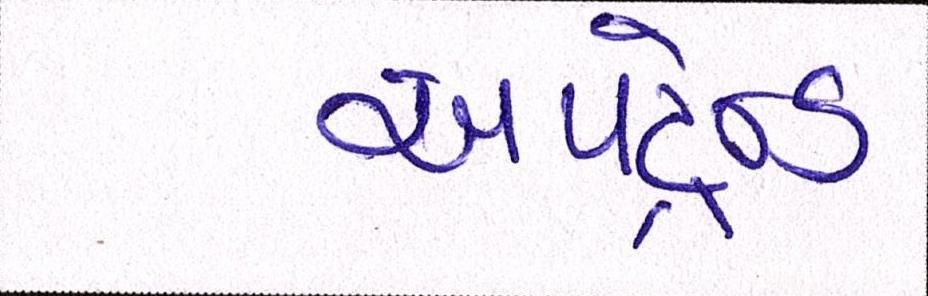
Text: અપટ્રેન્ડ